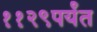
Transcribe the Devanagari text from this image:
११२९पर्यंत